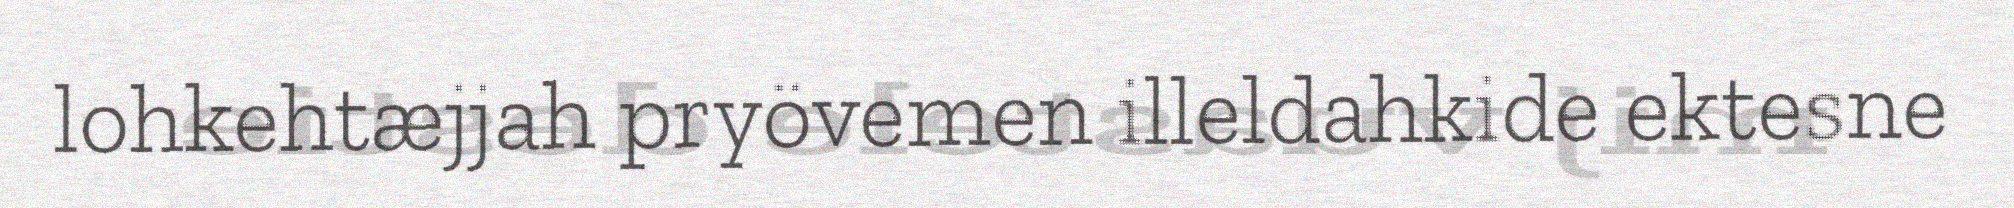
lohkehtæjjah pryövemen illeldahkide ektesne